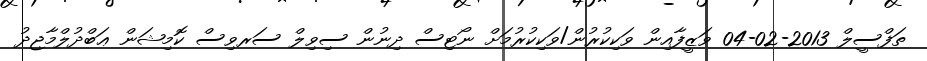
ތަފްސީލް 2013-02-04 ވަޒީފާއިން ވަކިކުރުން/ވަކިކުރުމަށް ނޯޓިސް ދިނުން ސިވިލް ސަރވިސް ކޮމިޝަން ޢަބްދުލްމާޖިދު